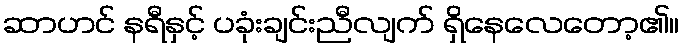
ဆာဟင် နရီနှင့် ပခုံးချင်းညီလျက် ရှိနေလေတော့၏။